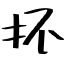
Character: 抔